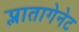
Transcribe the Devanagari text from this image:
प्लातागेनेट